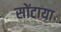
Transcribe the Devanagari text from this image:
सोंटाया